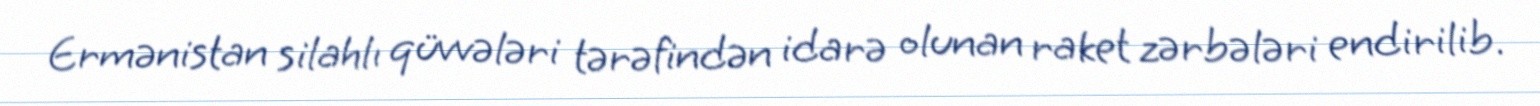
Ermənistan silahlı qüvvələri tərəfindən idarə olunan raket zərbələri endirilib.